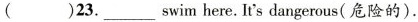
( )23.___ swim here. It's dangerous( 危险的).